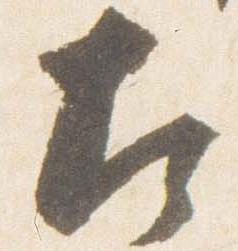
左